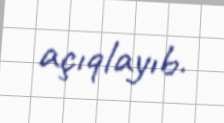
açıqlayıb.